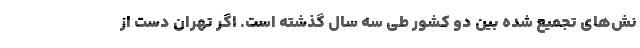
نش‌های تجمیع شده بین دو کشور طی سه سال گذشته است. اگر تهران دست از